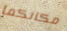
مكانكما